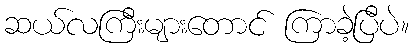
ဆယ်လကြီးများတောင် ကြာခဲ့ပြီပဲ။